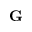
\mathbf { G }